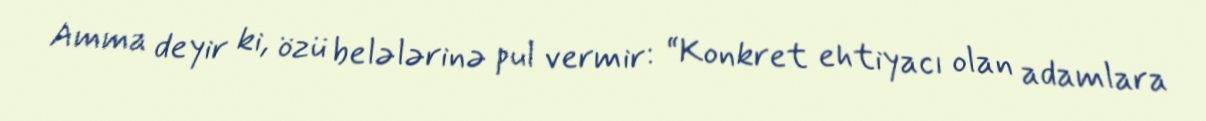
Amma deyir ki, özü belələrinə pul vermir: “Konkret ehtiyacı olan adamlara